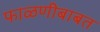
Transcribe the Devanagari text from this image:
फाळणीबाबत